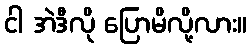
ငါ အဲဒီလို ပြောမိလို့လား။